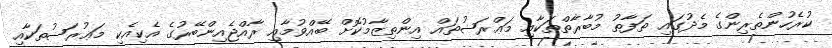
ކުރެހުންތެރިންގެ މެދުގައި ތަފާތު މުބާރާތްތަކާއި މަޢްރަޟުތައް އިންތިޒާމުކޮށް ބޭއްވުމާއި ރާއްޖެއިންބޭރުގެ އެކިއެކި މަޢުރަޟުތަކާއި